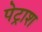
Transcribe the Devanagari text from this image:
पेट्राश